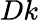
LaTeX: Dk